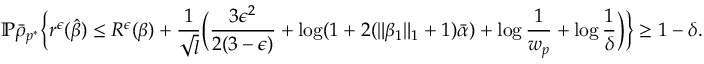
\mathbb { P } \bar { \rho } _ { p ^ { * } } \Big \{ r ^ { \epsilon } ( \hat { \beta } ) \leq R ^ { \epsilon } ( \beta ) + \frac { 1 } { \sqrt { l } } \Big ( \frac { 3 \epsilon ^ { 2 } } { 2 ( 3 - \epsilon ) } + \log ( 1 + 2 ( \| \beta _ { 1 } \| _ { 1 } + 1 ) \bar { \alpha } ) + \log \frac { 1 } { w _ { p } } + \log \frac { 1 } { \delta } \Big ) \Big \} \geq 1 - \delta .